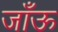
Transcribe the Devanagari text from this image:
जाँऊ